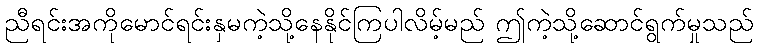
ညီရင်းအကိုမောင်ရင်းနှမကဲ့သို့နေနိုင်ကြပါလိမ့်မည် ဤကဲ့သို့ဆောင်ရွက်မှုသည်